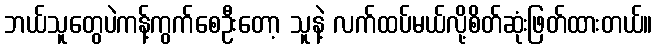
ဘယ်သူတွေပဲကန့်ကွက်စေဦးတော့ သူနဲ့ လက်ထပ်မယ်လို့စိတ်ဆုံးဖြတ်ထားတယ်။